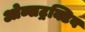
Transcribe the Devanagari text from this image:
ओब्सट्रक्टिव